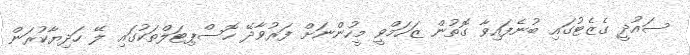
ސައުދީ ގެޒެޓުގައި ބުނެފައިވާ ގޮތުން ޒަހަމްވީ މީހުންނަށް ފަރުވާދޭ ހޮސްޕިޓަލްތަކުގައި ލޭ ހަދިޔާކުރަން